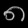
Digit: ၈